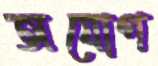
অযোগ